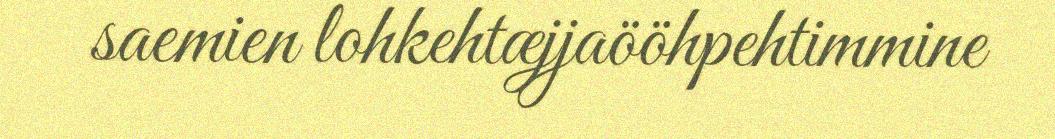
saemien lohkehtæjjaööhpehtimmine